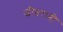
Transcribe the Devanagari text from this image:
जीवरानी